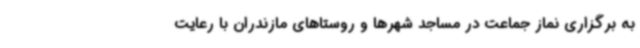
به برگزاری نماز جماعت در مساجد شهرها و روستاهای مازندران با رعایت